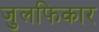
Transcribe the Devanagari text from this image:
जुलफिकार